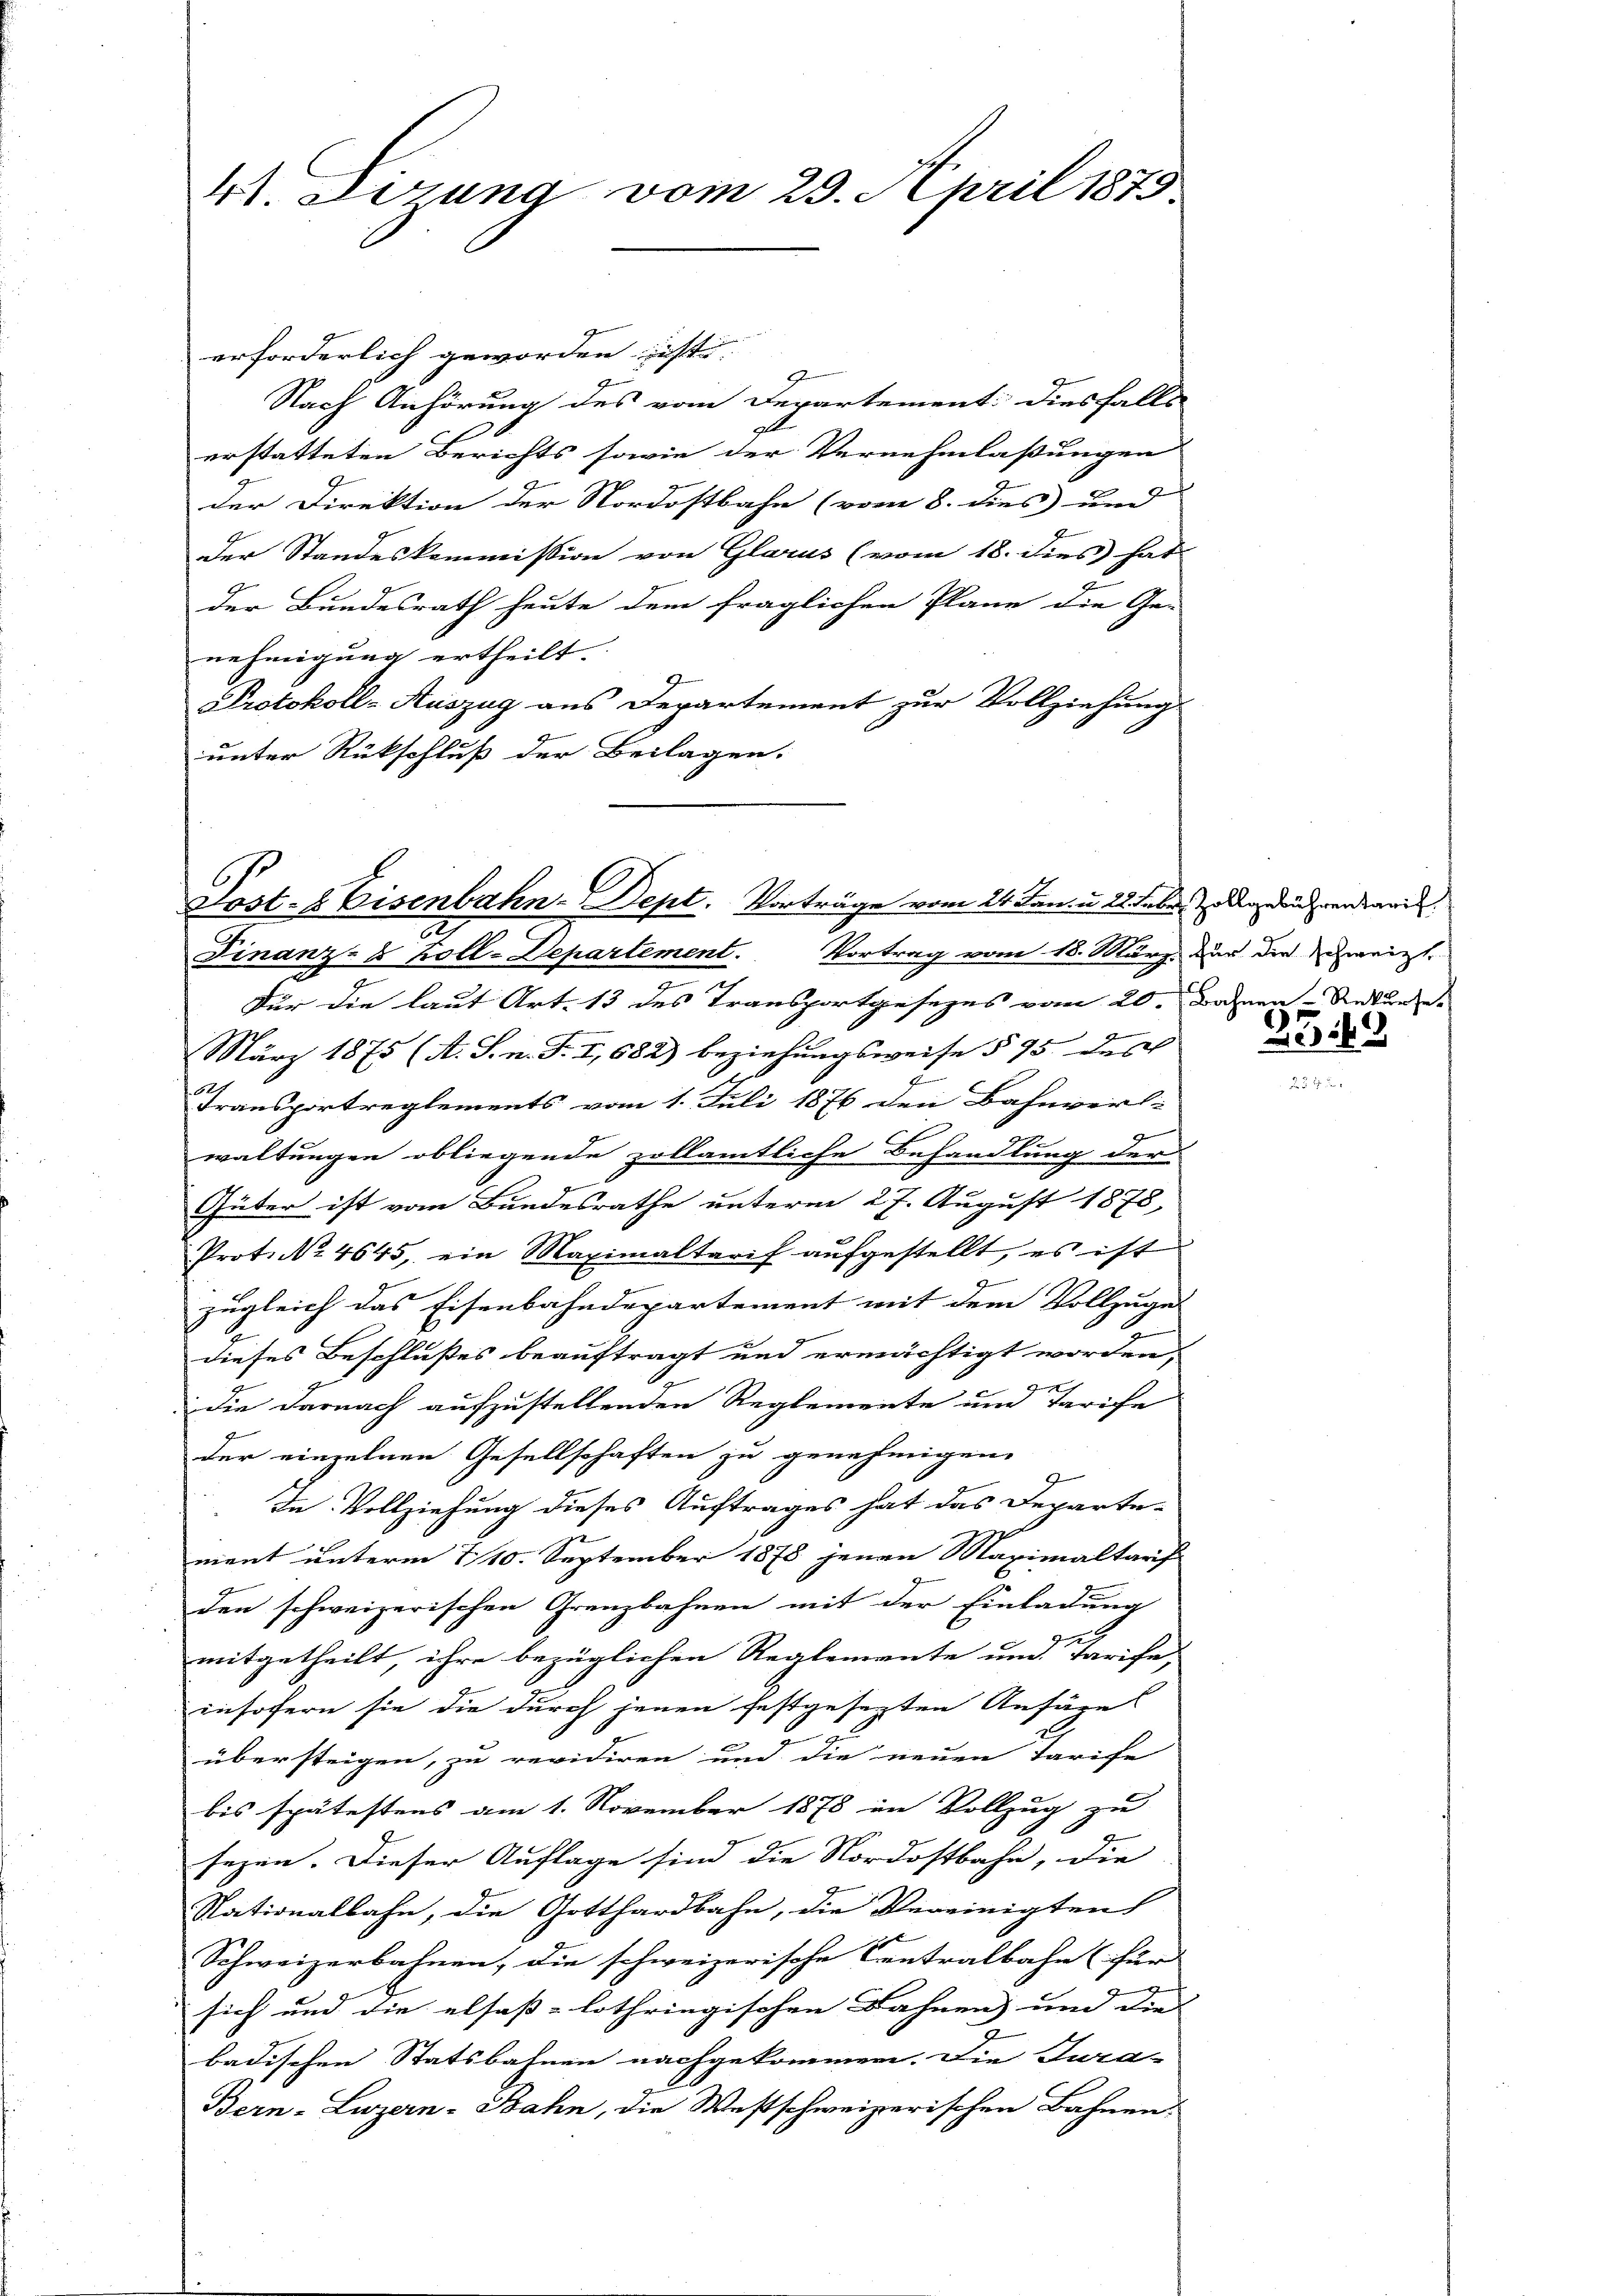
41. Lizung vom 23. April 1875

Post- & Eisenbahn-Dept. Vorträge vom 24. Jan. u. 2. Feber gedrucken damit
Finanz-8 Zoll-Departement. Vortrag vom 18. März zur die bezweigt.

erforderlich geworden est
Nach Anhörung des vom Departement: Diesfalls
erstatteten Berichts sowie der Vernehmlassungen
der Direktion der Nordostbahn (vom 8. dies und
Der Standeskommission von Glarus (vom 18. dies hat
der Bundesrath heute dem fraglichen Plane die Ge-
nehmigung ertheilt.
Protokoll-Auszug aus Departement zur Vollziehung.
unter Rückschluß der Beilagen.

Für die laut Art. 13 des Transportgesezes vom 20. Jahren Rekurse

März 1875 (A. S. n. F. I, 682) beziehungsweise § 75 des
Transportreglements vom 1. Juli 1876 den Bahnverl
d
waltungen obliegende zollamtliche Behandlung der
Güter ist vom Bundesrathe unterm 27. August 1878,
Prot. No. 4645, ein Maximaltarif aufgestellt, es ist
zugleich das Eisenbahndepartement mit dem Vollzuge-
dieses Beschlußes beauftragt und ermächtigt worden,
die darnach aufzustellenden Reglemente und Tarife
der einzelnen Gesellschaften zu genehmigen.
In Vollziehung dieses Auftrages hat das Departe-
ment unterm 7/10. September 1878 jenen Maximaltarif
den schweizerischen Grenzbahnen mit der Einladung
mitgetheilt, ihre bezüglichen Reglemente und Tarife,
insofern sie die durch jenen festgesezten Anfüge
übersteigen, zu revidiren und die neuen Tarife
bis spätestens am 1. November 1878 in Vollzug zu
sezen. Dieser Auflage sind die Nordostbahn, die
Nationalbahn, die Gotthardbahn, die Vereinigten
Schweizerbahnen, die schweizerische Centralbahn (für
sich und die elsaß-lothringischen Bahnen und die |
badischen Statsbahnen nachgekommen. Die Jura- |
Bern-Luzern-Bahn, die Westschweizerischen Bahnen.

3513